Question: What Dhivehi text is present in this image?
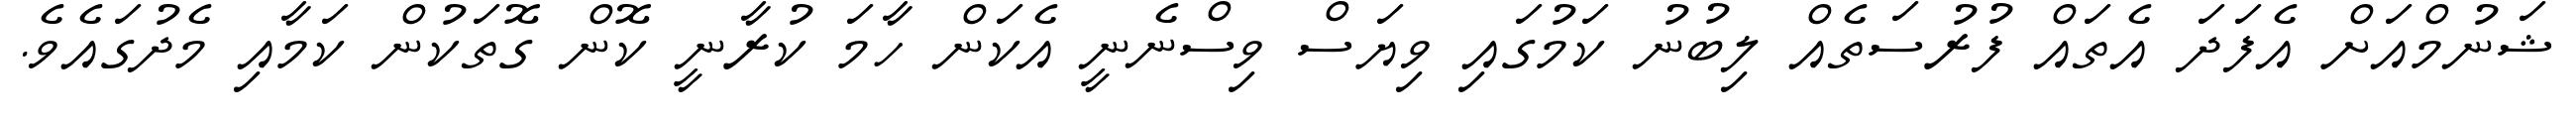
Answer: ޝަނުމްއަށް އެފަދަ އެތައް ފުރުސަތެއް ލިބުނު ކަމުގައި ވިޔަސް ވިސްނެނީ އެކަން ހާމަ ކުރާނީ ކޮން ގޮތަކުން ކަމާއި މެދުގައެވެ.